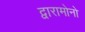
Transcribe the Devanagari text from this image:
द्वारामोनो